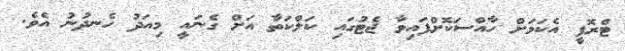
ޓްރޮފީ އެކަމަށް ހާއްސަކޮށްފައިވާ ޖެޓުގައި ކަލްކަތާ އަށް ގެނައީ މިއަދު ހެނދުނު އެވެ.